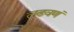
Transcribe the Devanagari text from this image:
लढवणं